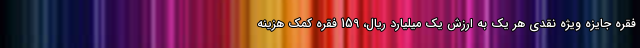
فقره جایزه ویژه نقدی هر یک به ارزش یک میلیارد ریال، 159 فقره کمک هزینه